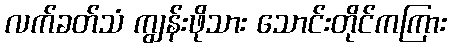
လက်ခတ်သံ ကျွန်းဖိုသား သောင်းတိုင်ကကြား